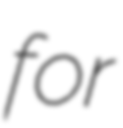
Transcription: for